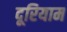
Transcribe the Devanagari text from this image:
दूरियाम